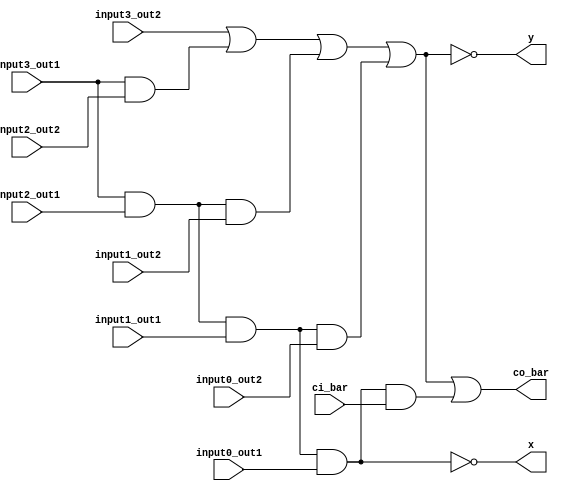
// This program was cloned from: https://github.com/JeffDeCola/my-verilog-examples
// License: MIT License

module g_p_carry_section (
    input   input3_out1,
    input   input3_out2,
    input   input2_out1,
    input   input2_out2,
    input   input1_out1,
    input   input1_out2,
    input   input0_out1,
    input   input0_out2,
    input   ci_bar,
    output  co_bar,
    output  x,
    output  y);

assign y = ~((input3_out2) | (input3_out1 & input2_out2) | (input3_out1 & input2_out1 & input1_out2) | (input3_out1 & input2_out1 & input1_out1 & input0_out2));

assign co_bar = (~y | (input3_out1 & input2_out1 & input1_out1 & input0_out1 & ci_bar));

assign x = ~(input3_out1 & input2_out1 & input1_out1 & input0_out1);

endmodule